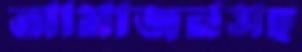
আমাজনসহ